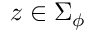
z \in \Sigma _ { \phi }